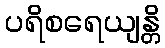
ပရိစရေယျန္တိ